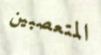
المتعصبين